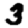
Digit: 3